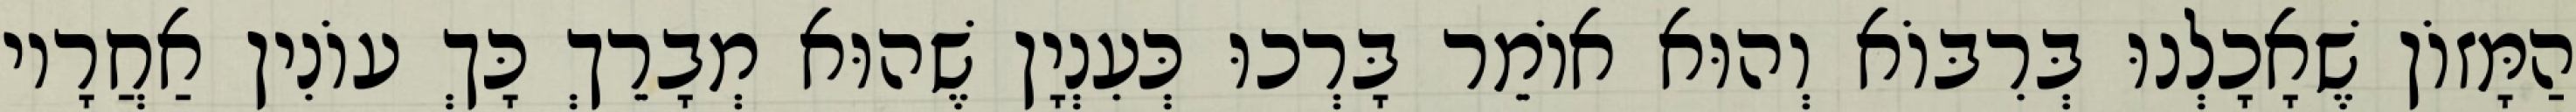
הַמָּזוֹן שֶׁאָכָלְנוּ בְּרִבּוֹא וְהוּא אוֹמֵר בָּרְכוּ כְּעִנְיָן שֶׁהוּא מְבָרֵךְ כָּךְ עוֹנִין אַחֲרָיו